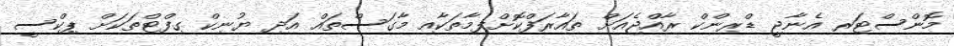
މޮންސްޓަރ އެނާޖީ ޑްރިންކް ރާއްޖެއަށް ތައާރަފްކޮށްފިމާތަކާއި މާގަސްތައް އަދި ޔުނިކް ގިފްޓްތަކަށް ޕިކްސީ